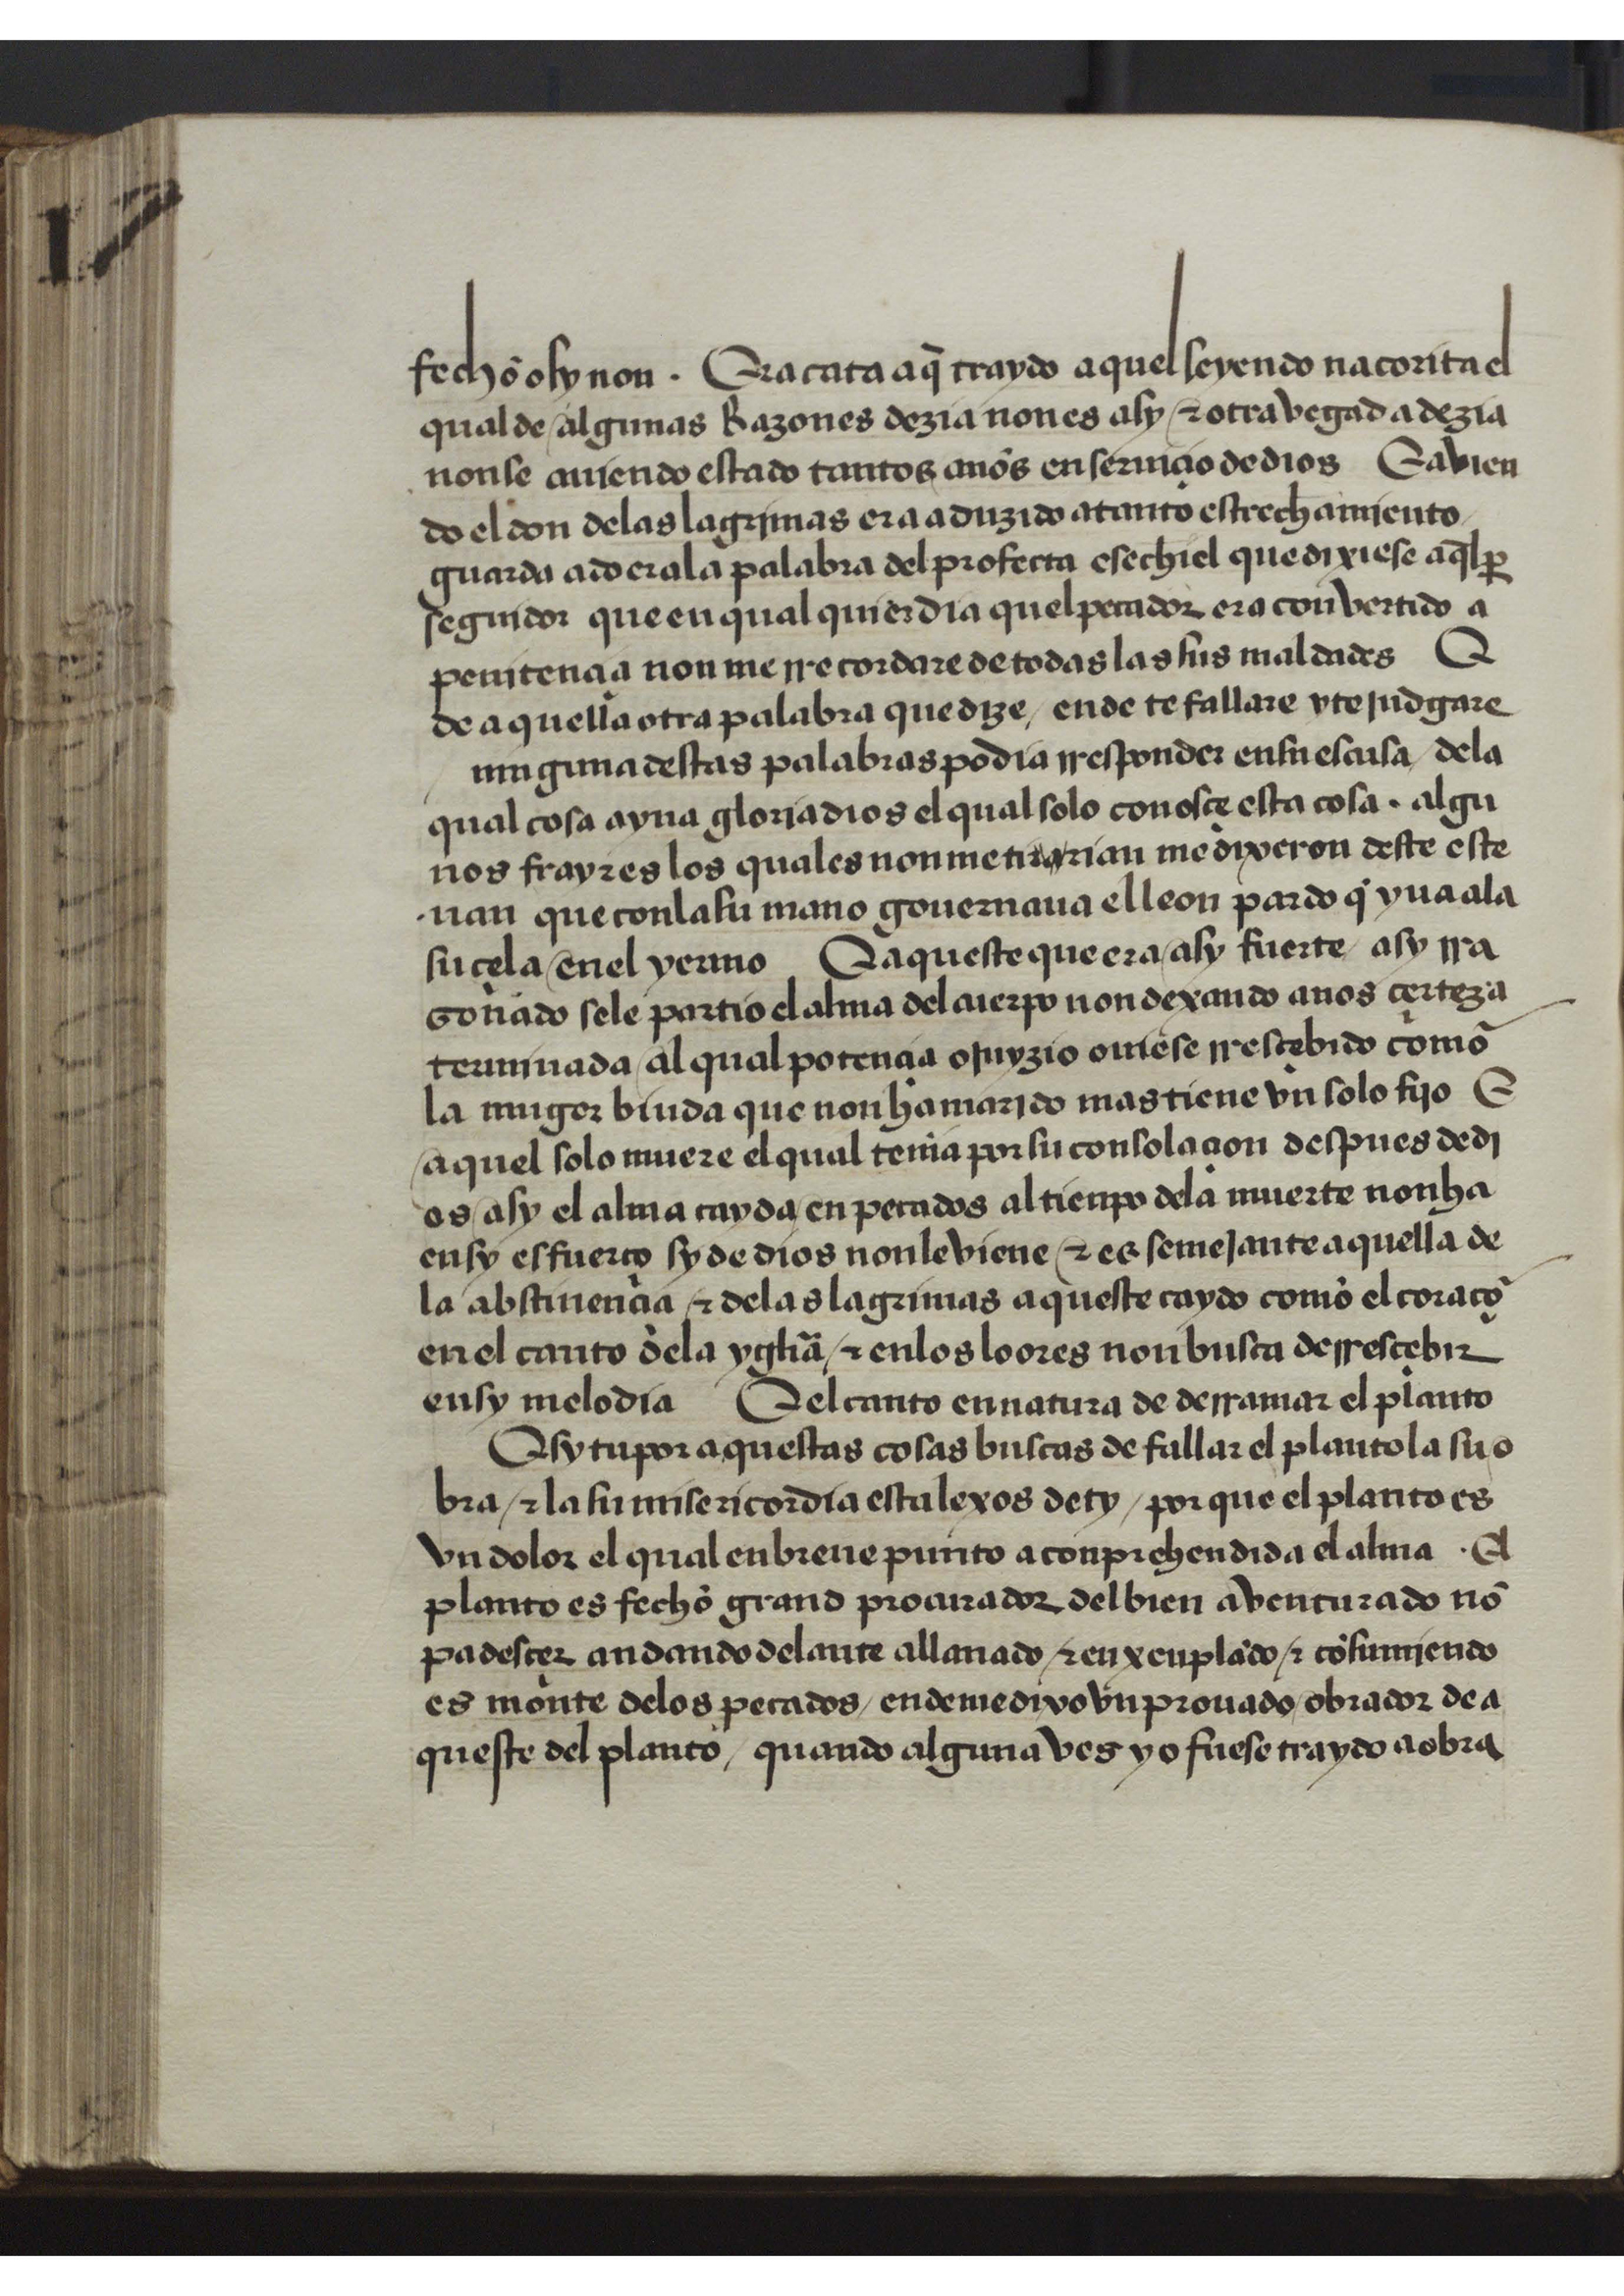
Shelfmark: San Lorenzo de El Escorial, RBME, a-II-17
Century: 15